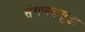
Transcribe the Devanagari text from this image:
संगणकसुद्धा